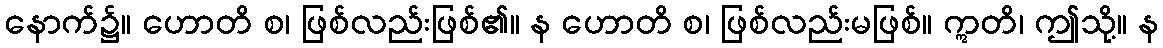
နောက်၌။ ဟောတိ စ၊ ဖြစ်လည်းဖြစ်၏။ န ဟောတိ စ၊ ဖြစ်လည်းမဖြစ်။ ဣတိ၊ ဤသို့။ န